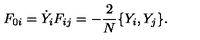
F _ { 0 i } = \dot { Y } _ { i } F _ { i j } = - { \frac { 2 } { N } } \{ Y _ { i } , Y _ { j } \} .